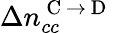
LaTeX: \Delta n_{cc}^{\mathrm{~C~}\rightarrow\mathrm{~D~}}